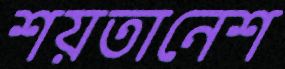
শয়তানেশ